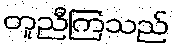
တူညီကြသည်